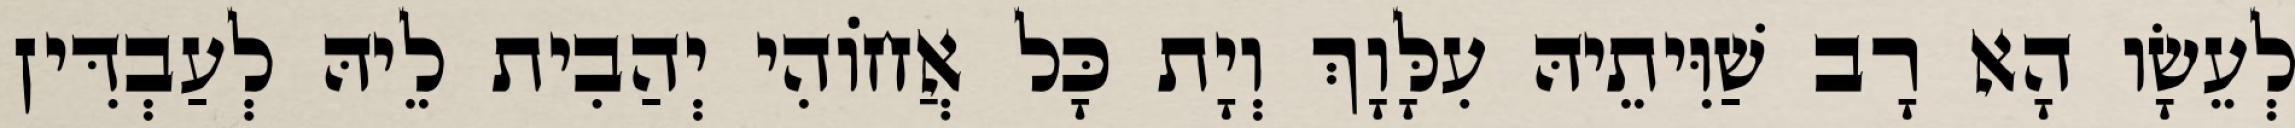
לְעֵשָׂו הָא רָב שַׁוִּיתֵיהּ עִלָּוָךְ וְיָת כָּל אֲחוֹהִי יְהַבִית לֵיהּ לְעַבְדִּין